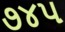
૭૪૫